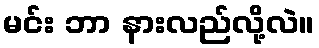
မင်း ဘာ နားလည်လို့လဲ။